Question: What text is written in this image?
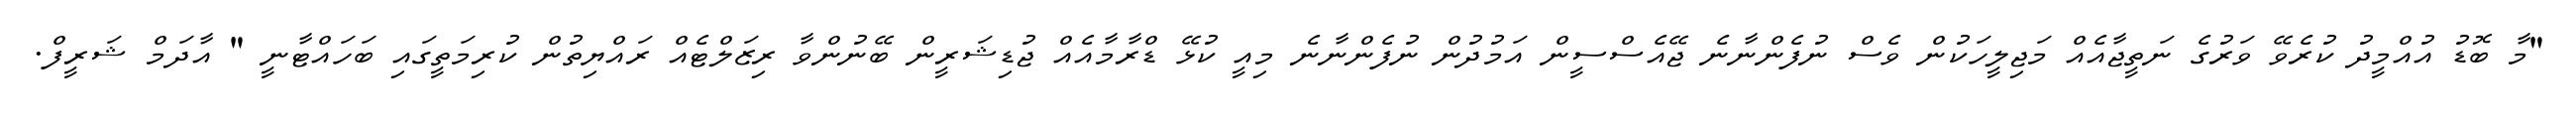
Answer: "މާ ބޮޑު އުއްމީދު ކުރެވޭ ވަރުގެ ނަތީޖާއެއް މަޖިލީހަކުން ވެސް ނުފެންނާނެ ޖޭއެސްސީން އަމުދުން ނުފެންނާނެ މިއީ ކުޅޭ ޑްރާމާއެއް ޖުޑިޝަރީން ބޭނުންވާ ރިޒަލްޓެއް ރައްޔިތުން ކުރިމަތީގައި ބަހައްޓާނީ " އާދަމް ޝަރީފް.